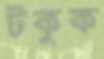
টকুক